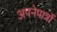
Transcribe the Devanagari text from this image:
अपनेपात्रों